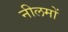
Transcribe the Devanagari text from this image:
नीलमों